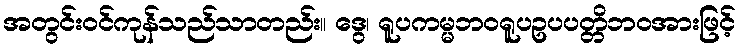
အတွင်းဝင်ကုန်သည်သာတည်း။ ဒွေ၊ ရူပကမ္မဘဝရူပဥပပတ္တိဘဝအားဖြင့်